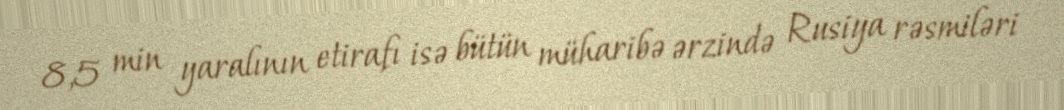
8,5 min yaralının etirafı isə bütün müharibə ərzində Rusiya rəsmiləri